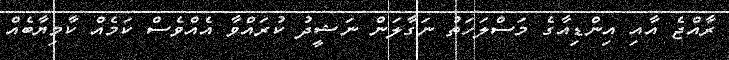
ރާއްޖެ އާއި އިންޑިއާގެ މަސްލަހަތު ނަގާލަން ނަޝީދު ކުރައްވާ އެއްވެސް ކަމެއް ކާމިޔާބެއް